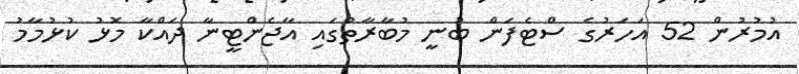
އުމުރުން 52 އަހަރުގެ ސްޓެފަން ބުނީ މުބާރާތުގައި އާޖެންޓީނާ ދައްކާ މޮޅު ކުޅުމާމު